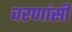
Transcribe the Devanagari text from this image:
चरणांसी